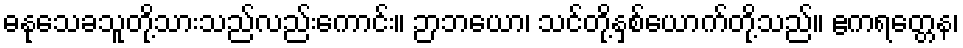
ဓနုသေခသူတို့သားသည်လည်းကောင်း။ ဉာဘယော၊ သင်တို့နှစ်ယောက်တို့သည်။ ဧကရတ္တေန၊